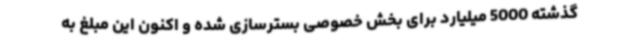
گذشته 5000 میلیارد برای بخش خصوصی بسترسازی شده و اکنون این مبلغ به